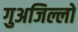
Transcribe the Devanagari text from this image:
गुअजिल्लो